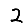
Digit: 2